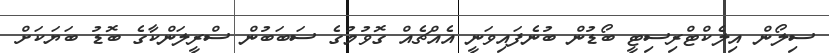
ސިލޯން އިލެކްޓްރިސިޓީ ބޯޑުން ބުނެފައިވަނީ އެއްޗެއް ގޮވުމުގެ ސަބަބުން ސްރީލަންކާގެ ބޮޑު ބަޔަކަށް